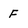
Character: F